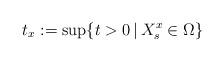
LaTeX: \begin{align*}t_x:=\sup\{t>0\,|\,X_s^x\in\Omega \}\end{align*}